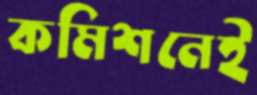
কমিশনেই